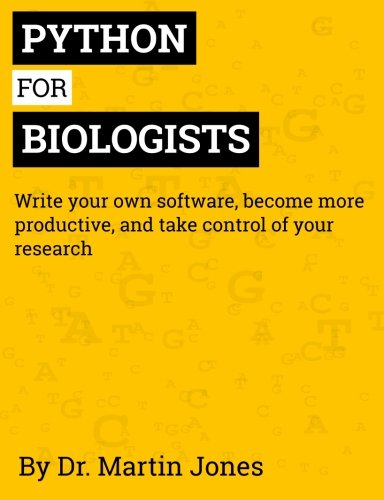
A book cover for Python for Biologists: A complete programming course for beginners; Dr Martin Jones; Computers & Technology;